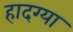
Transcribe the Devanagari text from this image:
हादग्या